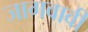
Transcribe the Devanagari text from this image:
जागवावी